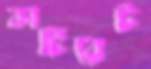
কার্টিরেট